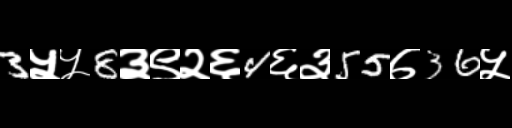
Text: 3५५8३९२६4६३55७36५